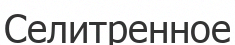
Селитренное